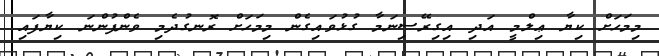
މިމަހަށް ކިޔާ ޢިލްމީ އަދި އިގިރޭސިނަމާ ގުޅުވައިގެން މިމަހަށް ރޮނގުދެމި ވެންފުންނަ ކިޔާފައި